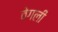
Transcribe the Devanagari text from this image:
वेगली